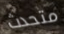
متحدث